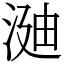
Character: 𣶻